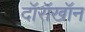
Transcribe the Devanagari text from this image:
दॉरॉखॉन